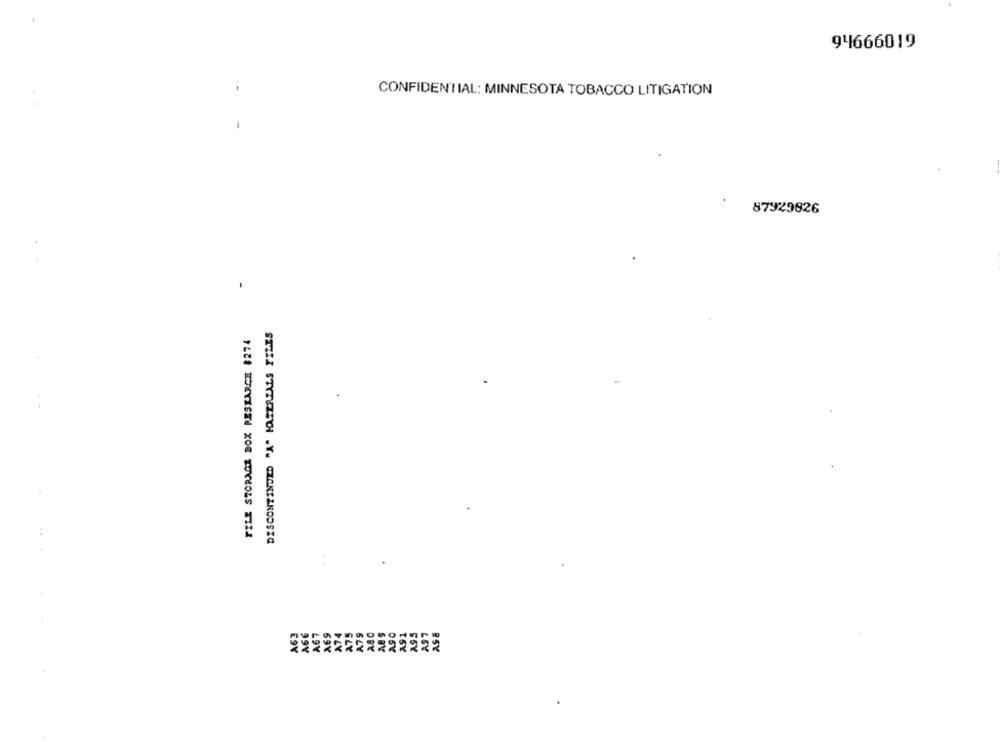
94666019
CONFIDENTIAL: MINNESOTA TOBACCO LITIGATION
87929826
.
FILE STORAGE BOX RESEARCE $274
A.SO
4.91